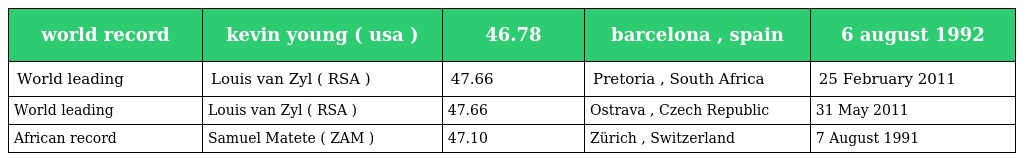
| world record | kevin young ( usa ) | 46.78 | barcelona , spain | 6 august 1992 |
 | --- | --- | --- | --- | --- |
 | World leading | Louis van Zyl ( RSA ) | 47.66 | Pretoria , South Africa | 25 February 2011 |
 | World leading | Louis van Zyl ( RSA ) | 47.66 | Ostrava , Czech Republic | 31 May 2011 |
 | African record | Samuel Matete ( ZAM ) | 47.10 | Zürich , Switzerland | 7 August 1991 |